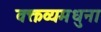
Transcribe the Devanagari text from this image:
वक्तव्यमधुना